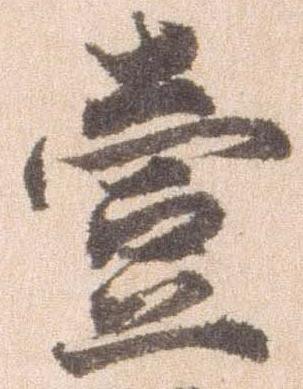
壱